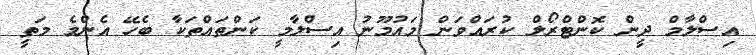
އިސްލާމް ދީން ކޮންޓްރޯލް ކުރައްވަން މައުމޫނު އިސްލާމީ ކަންތައްތަކާ ބެހޭ އެންމެ މަތީ